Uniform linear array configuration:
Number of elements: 4
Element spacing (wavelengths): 0.5
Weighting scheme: binomial
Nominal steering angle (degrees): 45
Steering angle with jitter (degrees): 44.672
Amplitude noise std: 0.05
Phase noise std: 0.05

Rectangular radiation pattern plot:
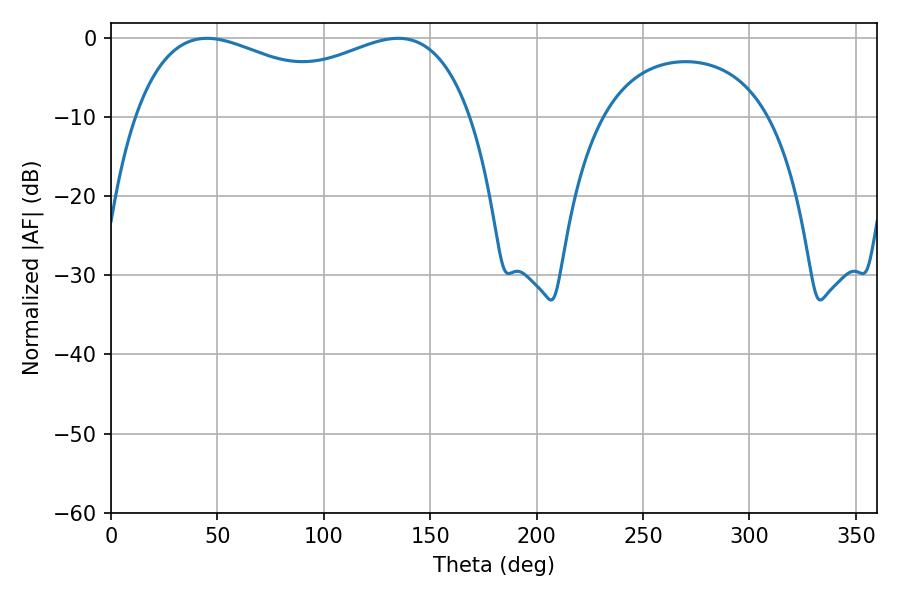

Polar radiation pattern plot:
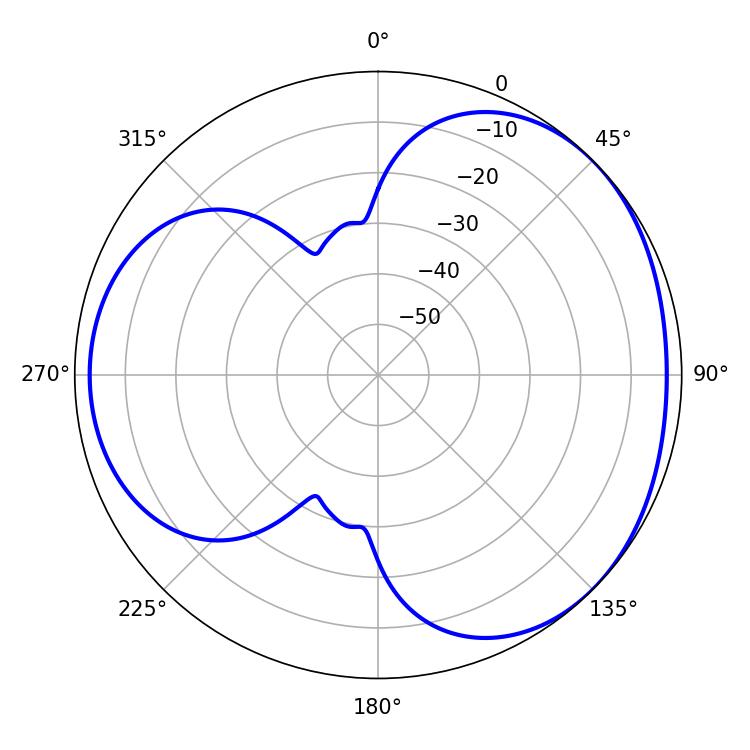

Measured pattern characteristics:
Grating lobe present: FALSE
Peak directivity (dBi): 3.354
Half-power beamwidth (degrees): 131.04
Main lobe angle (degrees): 45